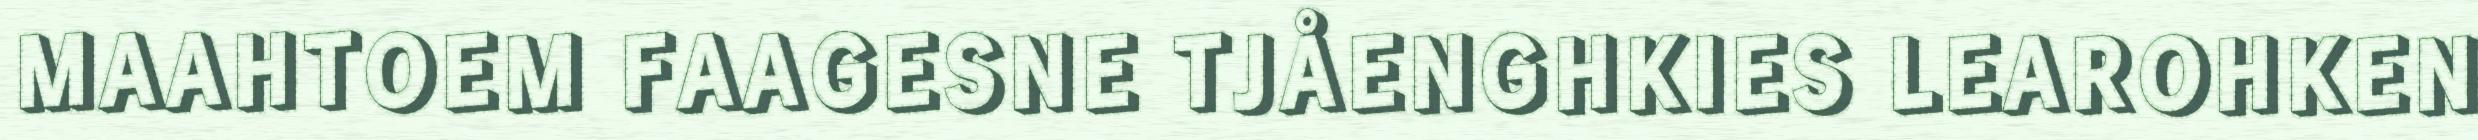
MAAHTOEM FAAGESNE TJÅENGHKIES LEAROHKEN